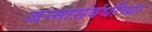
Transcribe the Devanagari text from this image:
जन्मासंबंधीच्या